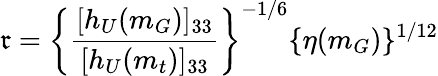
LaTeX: \mathfrak{r}=\left\{ \frac{{[h_{U}(m_{G})]_{33}}}{{[h_{U}(m_{t})]_{33}}}\right\} ^{-1/6}\{ \eta(m_{G})\} ^{1/12}